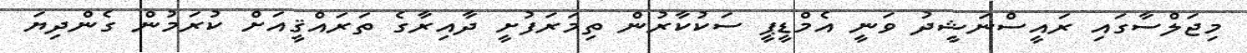
މިޖަލްސާގައި ރައީސްނަޝީދު ވަނީ އެމްޑީޕީ ސަކުކާރުން ތިމަރަފުށީ ދާއިރާގެ ތަރައްޤީއަށް ކުރަމުން ގެންދިޔަ